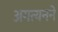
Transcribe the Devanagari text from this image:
अगत्यनने